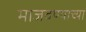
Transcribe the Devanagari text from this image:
माजवण्याच्या